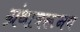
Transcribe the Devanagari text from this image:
ग्रंथावरूनच